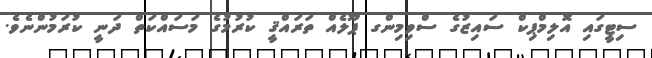
ސިޓީގައި އޮލިމްޕިކް ސައިޒުގެ ސްވިމިންގ ޕޫލެއް ތަރައްޤީ ކުރުމުގެ މަސައްކަތް ދަނީ ކުރަމުންނެވެ.